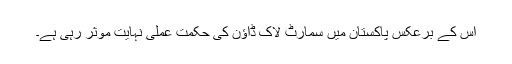
اس کے برعکس پاکستان میں سمارٹ لاک ڈاؤن کی حکمت عملی نہایت موثر رہی ہے۔